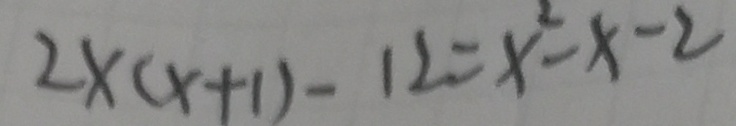
2 \times ( x + 1 ) - 1 2 = x ^ { 2 } - x - 2